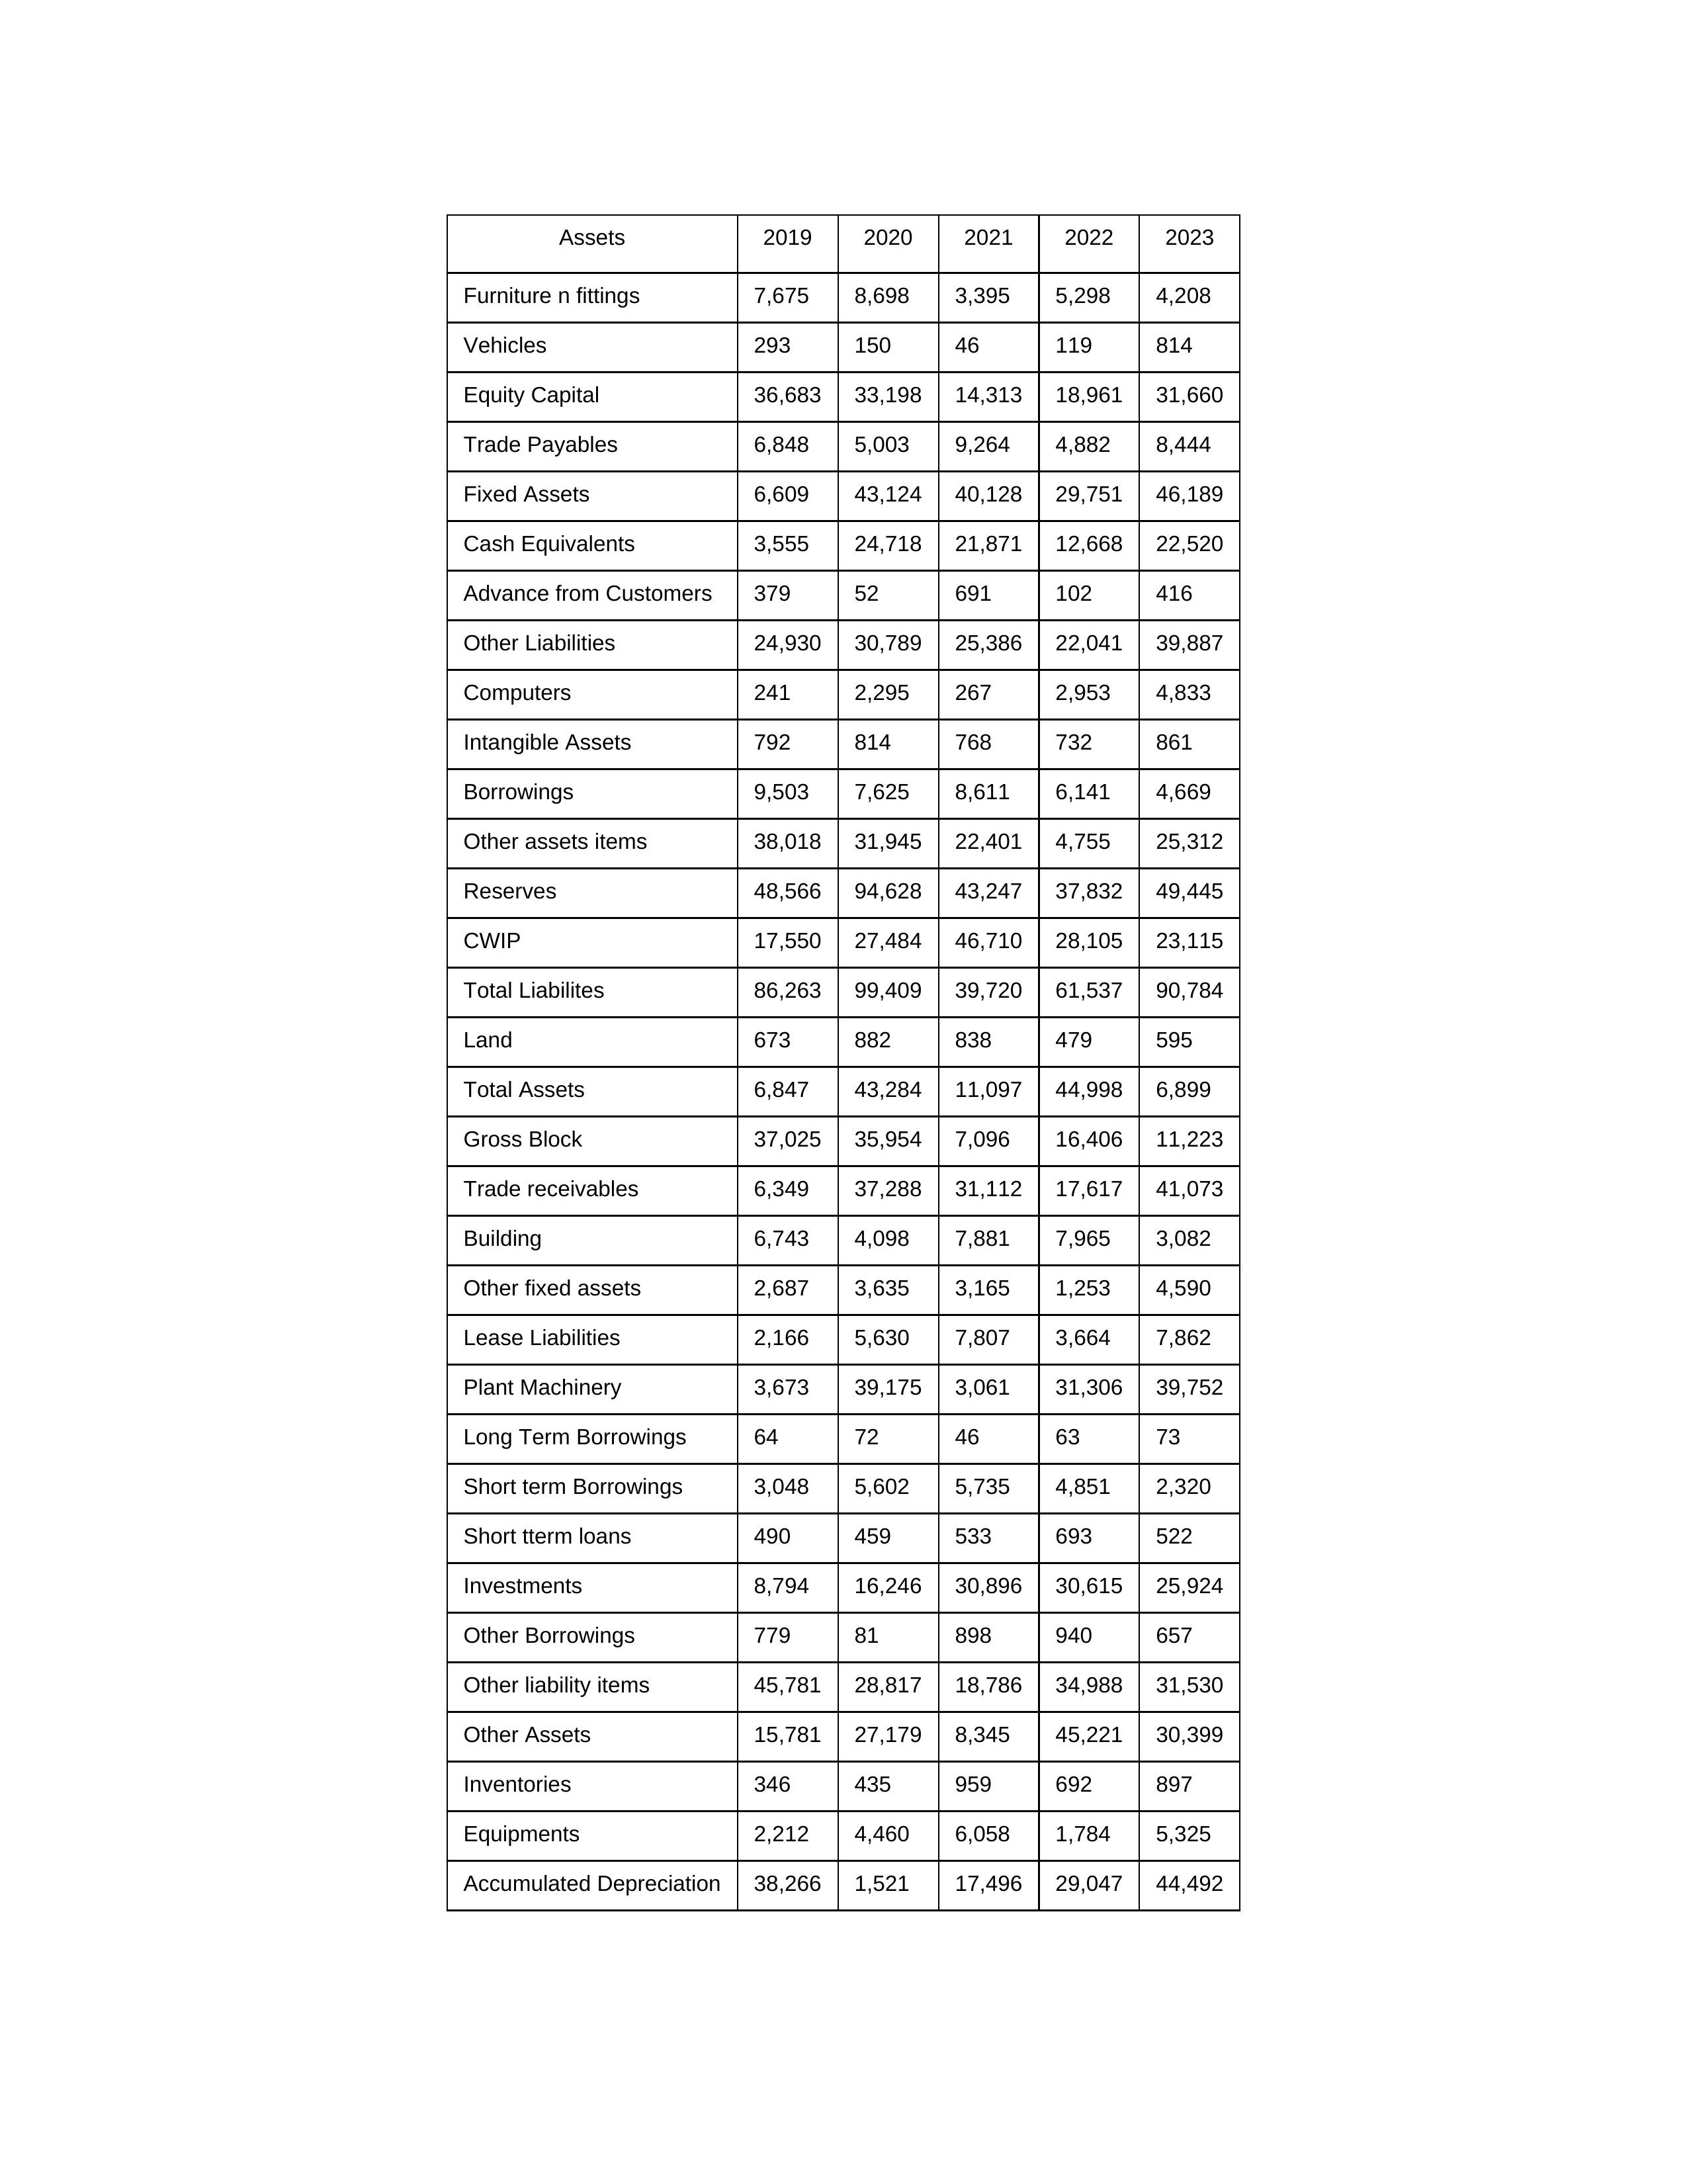
gt_parse: 2019: Equity Capital: 36,683
Reserves: 48,566
Borrowings: 9,503
Long Term Borrowings: 64
Short term Borrowings: 3,048
Lease Liabilities: 2,166
Other Borrowings: 779
Other Liabilities: 24,930
Trade Payables: 6,848
Advance from Customers: 379
Other liability items: 45,781
Total Liabilites: 86,263
Fixed Assets: 6,609
Land: 673
Building: 6,743
Plant Machinery: 3,673
Equipments: 2,212
Computers: 241
Furniture n fittings: 7,675
Vehicles: 293
Intangible Assets: 792
Other fixed assets: 2,687
Gross Block: 37,025
Accumulated Depreciation: 38,266
CWIP: 17,550
Investments: 8,794
Other Assets: 15,781
Inventories: 346
Trade receivables: 6,349
Cash Equivalents: 3,555
Short tterm loans: 490
Other assets items: 38,018
Total Assets: 6,847
2020: Equity Capital: 33,198
Reserves: 94,628
Borrowings: 7,625
Long Term Borrowings: 72
Short term Borrowings: 5,602
Lease Liabilities: 5,630
Other Borrowings: 81
Other Liabilities: 30,789
Trade Payables: 5,003
Advance from Customers: 52
Other liability items: 28,817
Total Liabilites: 99,409
Fixed Assets: 43,124
Land: 882
Building: 4,098
Plant Machinery: 39,175
Equipments: 4,460
Computers: 2,295
Furniture n fittings: 8,698
Vehicles: 150
Intangible Assets: 814
Other fixed assets: 3,635
Gross Block: 35,954
Accumulated Depreciation: 1,521
CWIP: 27,484
Investments: 16,246
Other Assets: 27,179
Inventories: 435
Trade receivables: 37,288
Cash Equivalents: 24,718
Short tterm loans: 459
Other assets items: 31,945
Total Assets: 43,284
2021: Equity Capital: 14,313
Reserves: 43,247
Borrowings: 8,611
Long Term Borrowings: 46
Short term Borrowings: 5,735
Lease Liabilities: 7,807
Other Borrowings: 898
Other Liabilities: 25,386
Trade Payables: 9,264
Advance from Customers: 691
Other liability items: 18,786
Total Liabilites: 39,720
Fixed Assets: 40,128
Land: 838
Building: 7,881
Plant Machinery: 3,061
Equipments: 6,058
Computers: 267
Furniture n fittings: 3,395
Vehicles: 46
Intangible Assets: 768
Other fixed assets: 3,165
Gross Block: 7,096
Accumulated Depreciation: 17,496
CWIP: 46,710
Investments: 30,896
Other Assets: 8,345
Inventories: 959
Trade receivables: 31,112
Cash Equivalents: 21,871
Short tterm loans: 533
Other assets items: 22,401
Total Assets: 11,097
2022: Equity Capital: 18,961
Reserves: 37,832
Borrowings: 6,141
Long Term Borrowings: 63
Short term Borrowings: 4,851
Lease Liabilities: 3,664
Other Borrowings: 940
Other Liabilities: 22,041
Trade Payables: 4,882
Advance from Customers: 102
Other liability items: 34,988
Total Liabilites: 61,537
Fixed Assets: 29,751
Land: 479
Building: 7,965
Plant Machinery: 31,306
Equipments: 1,784
Computers: 2,953
Furniture n fittings: 5,298
Vehicles: 119
Intangible Assets: 732
Other fixed assets: 1,253
Gross Block: 16,406
Accumulated Depreciation: 29,047
CWIP: 28,105
Investments: 30,615
Other Assets: 45,221
Inventories: 692
Trade receivables: 17,617
Cash Equivalents: 12,668
Short tterm loans: 693
Other assets items: 4,755
Total Assets: 44,998
2023: Equity Capital: 31,660
Reserves: 49,445
Borrowings: 4,669
Long Term Borrowings: 73
Short term Borrowings: 2,320
Lease Liabilities: 7,862
Other Borrowings: 657
Other Liabilities: 39,887
Trade Payables: 8,444
Advance from Customers: 416
Other liability items: 31,530
Total Liabilites: 90,784
Fixed Assets: 46,189
Land: 595
Building: 3,082
Plant Machinery: 39,752
Equipments: 5,325
Computers: 4,833
Furniture n fittings: 4,208
Vehicles: 814
Intangible Assets: 861
Other fixed assets: 4,590
Gross Block: 11,223
Accumulated Depreciation: 44,492
CWIP: 23,115
Investments: 25,924
Other Assets: 30,399
Inventories: 897
Trade receivables: 41,073
Cash Equivalents: 22,520
Short tterm loans: 522
Other assets items: 25,312
Total Assets: 6,899